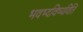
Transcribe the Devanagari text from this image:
भवभ्दविष्यदिति